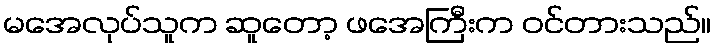
မအေလုပ်သူက ဆူတော့ ဖအေကြီးက ဝင်တားသည်။